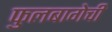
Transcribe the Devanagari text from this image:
फुलबागेची